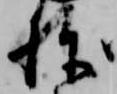
棟